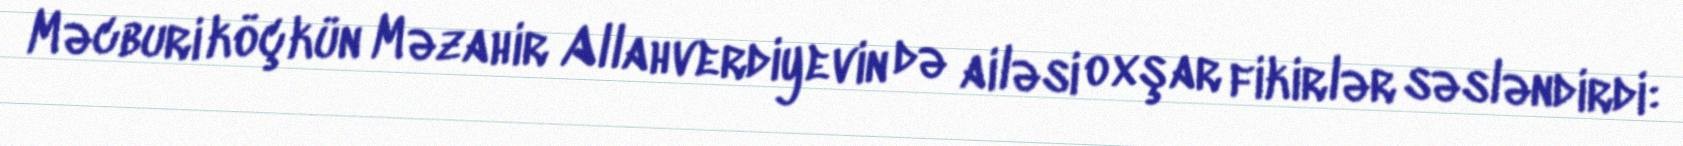
Məcburi köçkün Məzahir Allahverdiyevin də ailəsi oxşar fikirlər səsləndirdi: